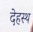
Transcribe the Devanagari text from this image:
देहस्थ